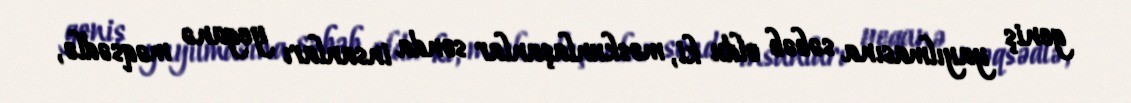
geniş yayılmasına səbəb oldu ki, məskunlaşanlar sonda insanları yeganə məqsədlə,